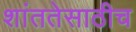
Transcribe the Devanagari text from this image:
शांततेसाठीच